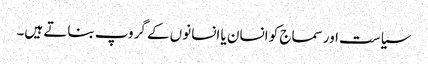
سیاست اورسماج کو انسان یا انسانوں کے گروپ بناتے ہیں۔